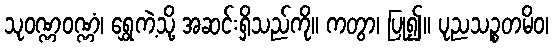
သုဝဏ္ဏဝဏ္ဏံ၊ ရွှေကဲ့သို့ အဆင်းရှိသည်ကို။ ကတွာ၊ ပြု၍။ ပုညသဉ္စတမိဝ၊